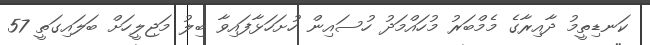
ކަނޑިތީމު ދާއިރާގެ މެމްބަރު މުހައްމަދު ހުސައިން ހުށަހަޅާފައިވާ ބިލު މަޖިލީހަށް ބަލައިގަތީ 57